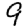
Digit: 9